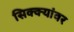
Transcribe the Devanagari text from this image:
सिक्क्यांवर